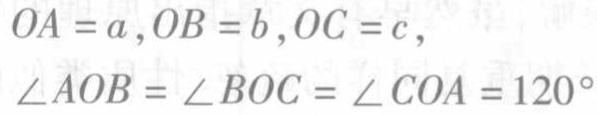
\[

\begin{align*}

OA = a,OB = b,OC = c,\\

\angle AOB=\angle BOC = \angle COA = 120^{\circ}

\end{align*}

\]